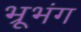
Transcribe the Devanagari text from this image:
भ्रूभंग